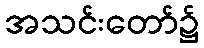
အသင်းတော်၌